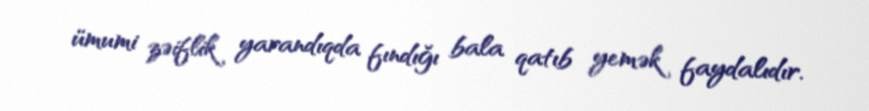
ümumi zəiflik yarandıqda fındığı bala qatıb yemək faydalıdır.